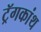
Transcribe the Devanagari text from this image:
ट्रॅगकांथ